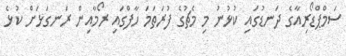
ސަމްޕްޑޯރިއާގެ ދަނޑުގައި ކުޅުނު މި މެޗުގެ ފުރަތަމަ ހާފްގައި ރޯމާއިން ރަނގަޅަށް ކުޅެ